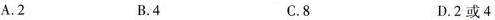
A.2 B.4 C.8 D.2或4